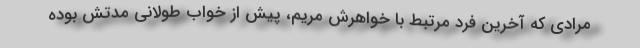
مرادی که آخرین فرد مرتبط با خواهرش مریم، پیش از خواب طولانی مدتش بوده